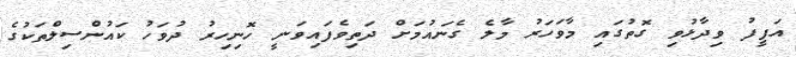
އަފީފު ވިދާޅުވި ގޮތުގައި މާވަހަރު މާލެ ގެނައުމަށް ދަތިވެފައިވަނީ ހޮނިހިރު ދުވަހު ކައުންސިލްތަކުގެ